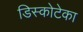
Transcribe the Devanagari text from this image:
डिस्कोटेका